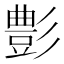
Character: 𮙕